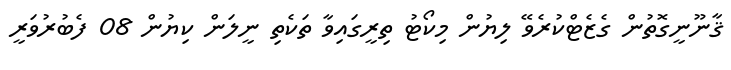
ޤާނޫނީގޮތުން ގެޒެޓްކުރެވޭ ލިޔުން މިކޯޓު ތިރީގައިވާ ތަކެތި ނީލަން ކިޔުން 08 ފެބުރުވަރީ